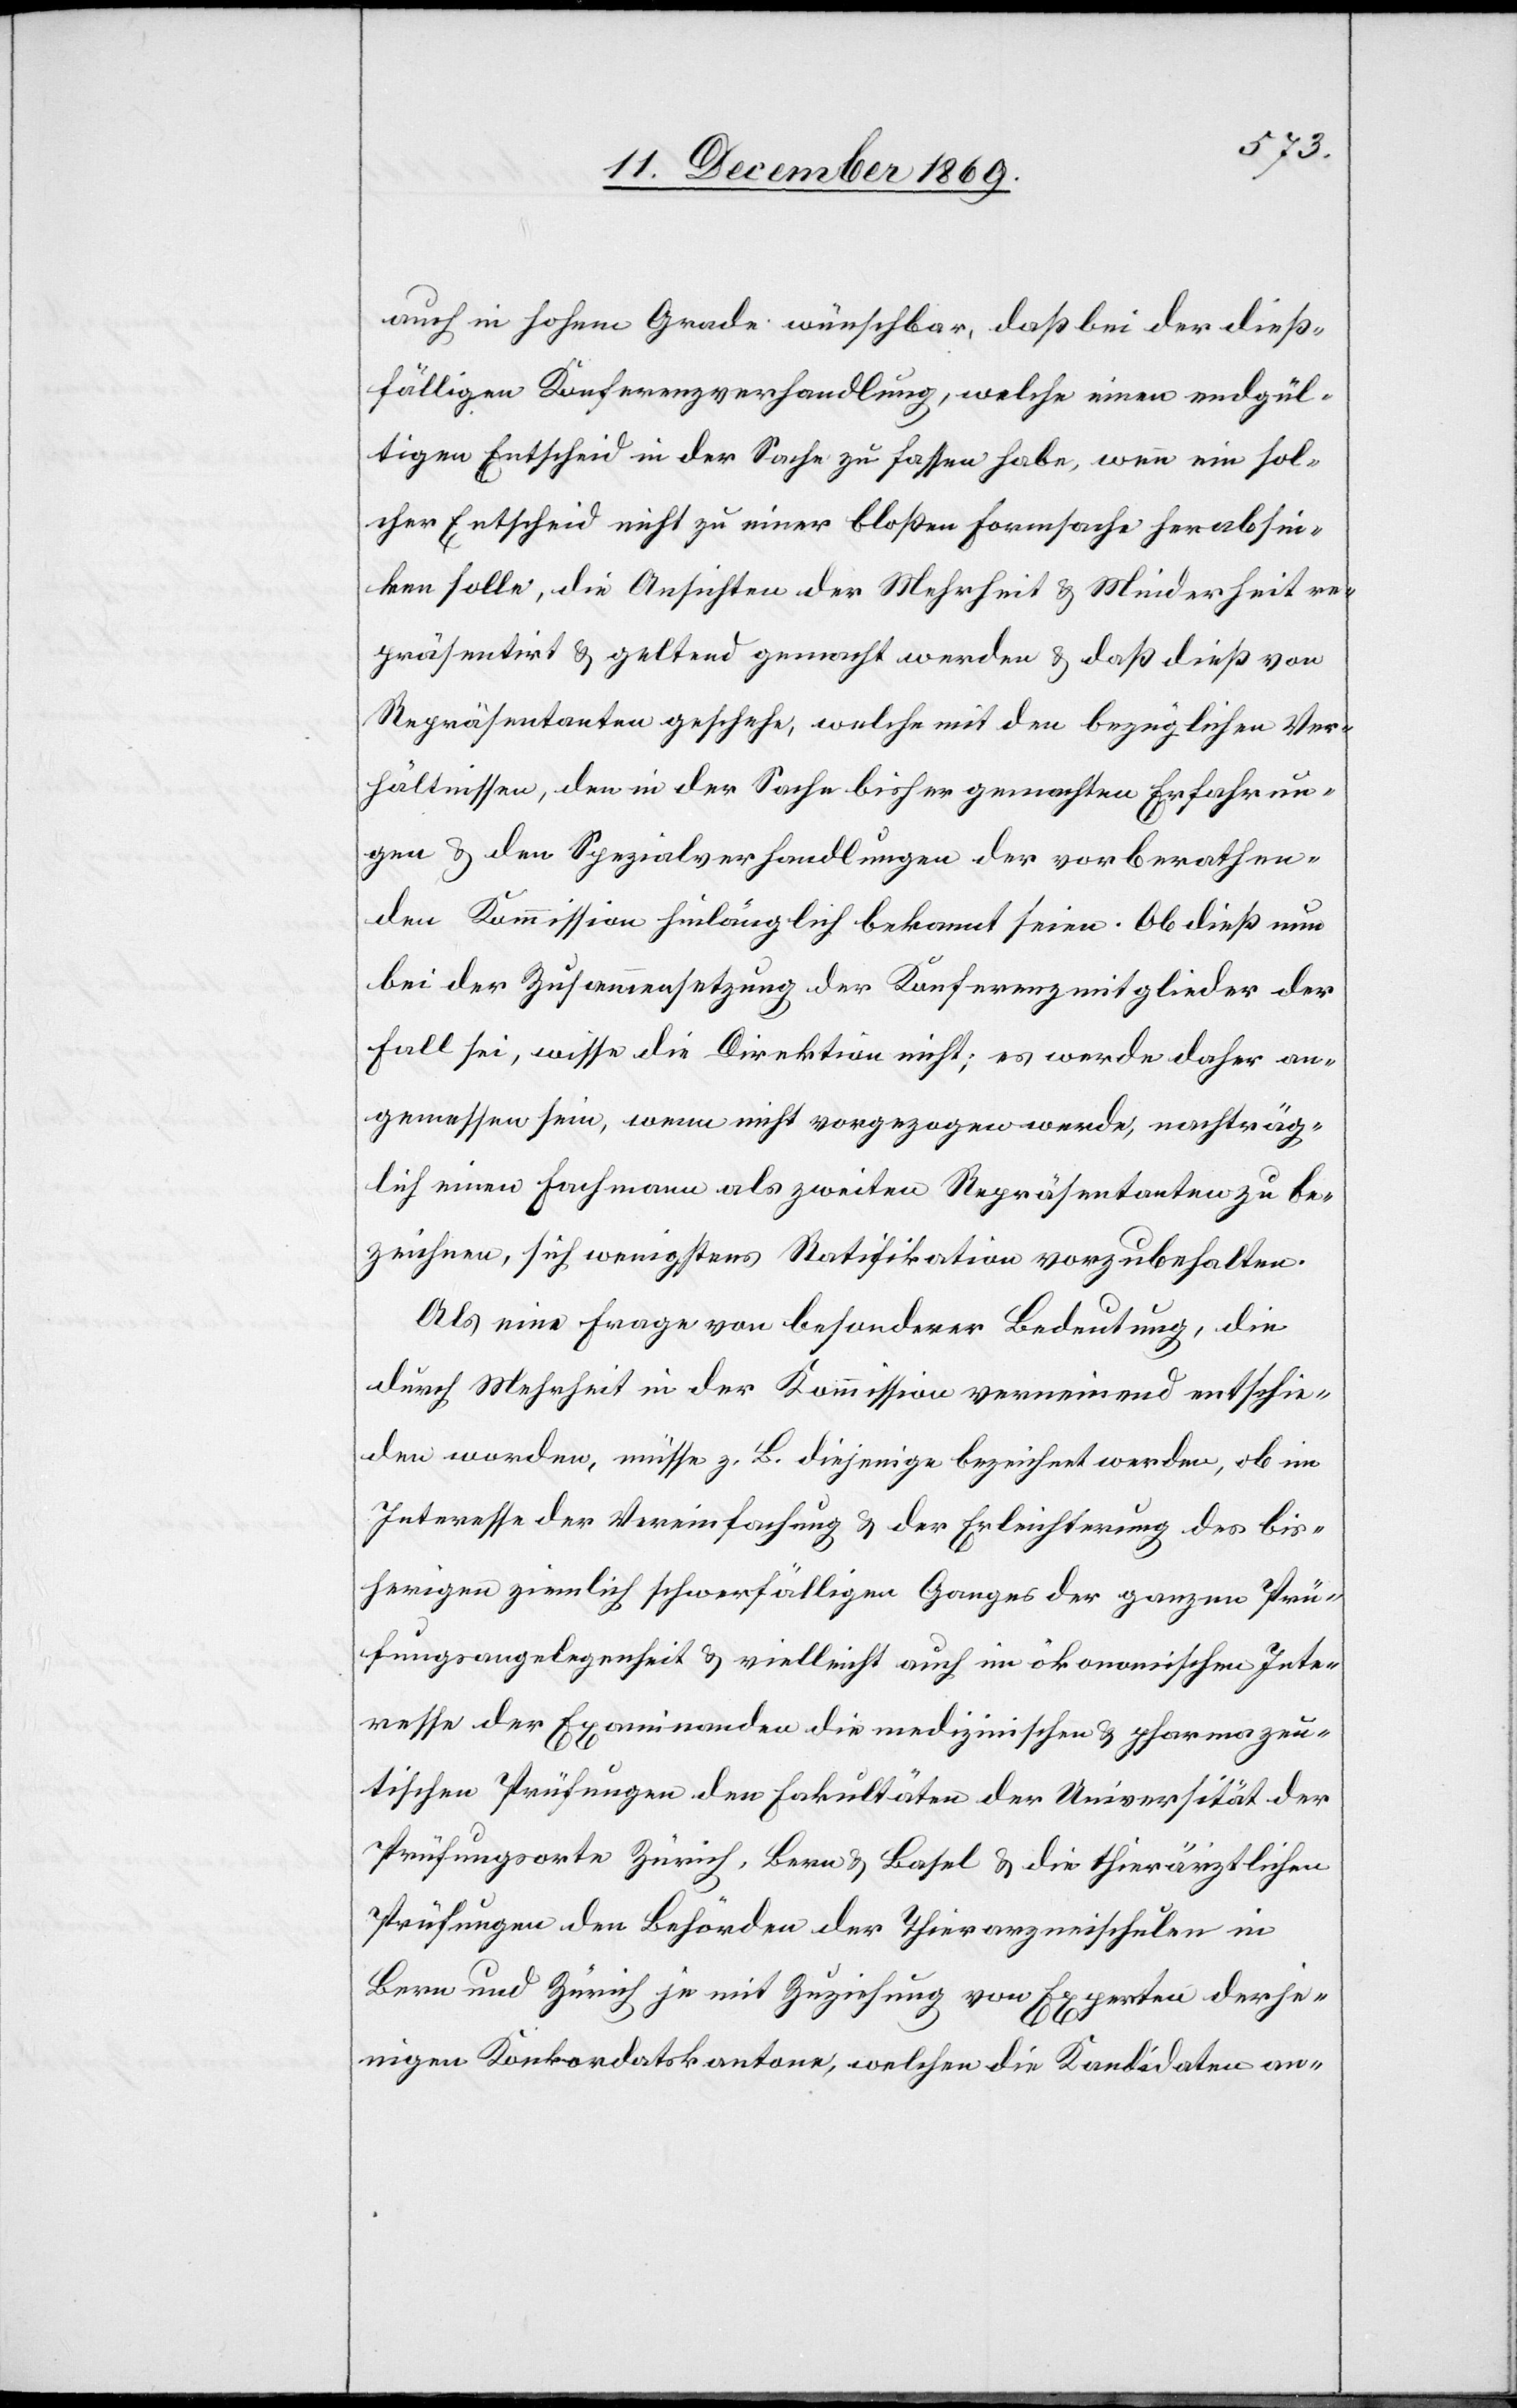
auch in hohem Grade wünschbar, daß bei der dieß¬
fälligen Konferenzverhandlung, welche einen endgül¬
tigen Entscheid in der Sache zu fassen habe, wenn ein sol¬
cher Entscheid nicht zu einer bloßen Formsache herabsin¬
ken solle, die Ansichten der Mehrheit & Minderheit re¬
präsentirt & geltend gemacht werden & daß dieß von
Repräsentanten geschehe, welche mit den bezüglichen Ver¬
hältnissen, den in der Sache bisher gemachten Erfahrun¬
gen & den Spezialverhandlungen der vorberathen¬
den Kommission hinlänglich bekannt seien. Ob dieß nun
bei der Zusammensetzung der Konferenzmitglieder der
Fall sei, wisse die Direktion nicht; es werde daher an¬
gemessen sein, wenn nicht vorgezogen werde, nachträg¬
lich einen Fachmann als zweiten Repräsentanten zu be¬
zeichnen, sich wenigstens Ratifikation vorzubehalten.
Als eine Frage von besonderer Bedeutung, die
durch Mehrheit in der Kommission verneinend entschie¬
den worden, müsse z. B. diejenige bezeichnet werden, ob im
Interesse der Vereinfachung & der Erleichterung des bis¬
herigen ziemlich schwerfälligen Ganges der ganzen Prü¬
fungsangelegenheit & vielleicht auch im ökonomischen Inte¬
resse der Examinanden die medizinischen & pharmazeu¬
tischen Prüfungen den Fakultäten der Universität der
Prüfungsorte Zürich, Bern & Basel & die thierärztlichen
Prüfungen den Behörden der Thierarzneischulen in
Bern und Zürich je mit Zuziehung von Experten derje¬
nigen Konkordatskantone, welchen die Kandidaten an-